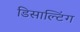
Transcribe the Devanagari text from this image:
डिसाल्टिंग